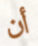
أن